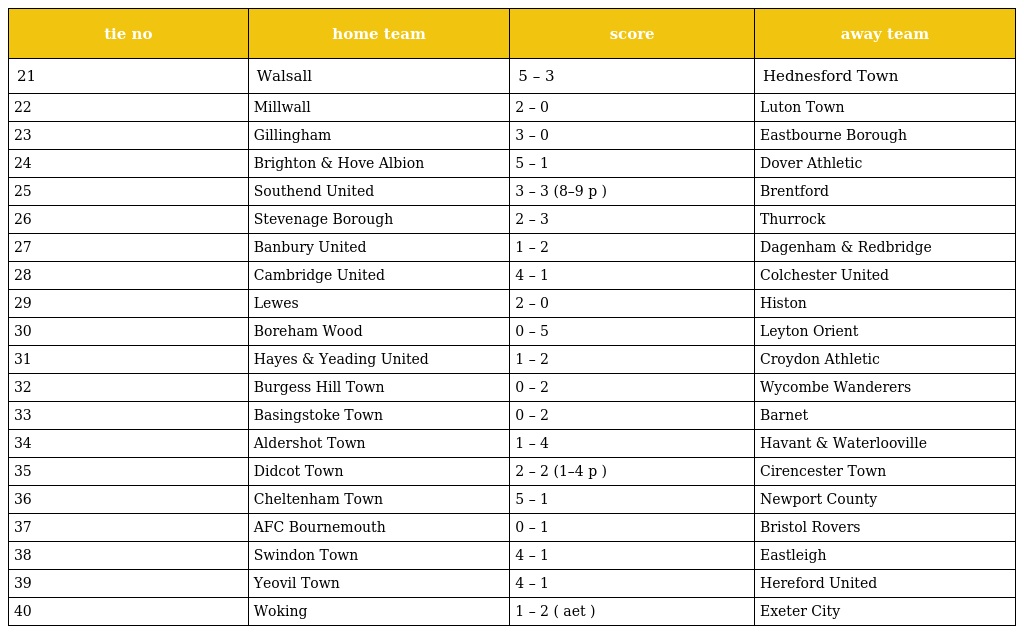
| tie no | home team | score | away team |
 | --- | --- | --- | --- |
 | 21 | Walsall | 5 – 3 | Hednesford Town |
 | 22 | Millwall | 2 – 0 | Luton Town |
 | 23 | Gillingham | 3 – 0 | Eastbourne Borough |
 | 24 | Brighton & Hove Albion | 5 – 1 | Dover Athletic |
 | 25 | Southend United | 3 – 3 (8–9 p ) | Brentford |
 | 26 | Stevenage Borough | 2 – 3 | Thurrock |
 | 27 | Banbury United | 1 – 2 | Dagenham & Redbridge |
 | 28 | Cambridge United | 4 – 1 | Colchester United |
 | 29 | Lewes | 2 – 0 | Histon |
 | 30 | Boreham Wood | 0 – 5 | Leyton Orient |
 | 31 | Hayes & Yeading United | 1 – 2 | Croydon Athletic |
 | 32 | Burgess Hill Town | 0 – 2 | Wycombe Wanderers |
 | 33 | Basingstoke Town | 0 – 2 | Barnet |
 | 34 | Aldershot Town | 1 – 4 | Havant & Waterlooville |
 | 35 | Didcot Town | 2 – 2 (1–4 p ) | Cirencester Town |
 | 36 | Cheltenham Town | 5 – 1 | Newport County |
 | 37 | AFC Bournemouth | 0 – 1 | Bristol Rovers |
 | 38 | Swindon Town | 4 – 1 | Eastleigh |
 | 39 | Yeovil Town | 4 – 1 | Hereford United |
 | 40 | Woking | 1 – 2 ( aet ) | Exeter City |